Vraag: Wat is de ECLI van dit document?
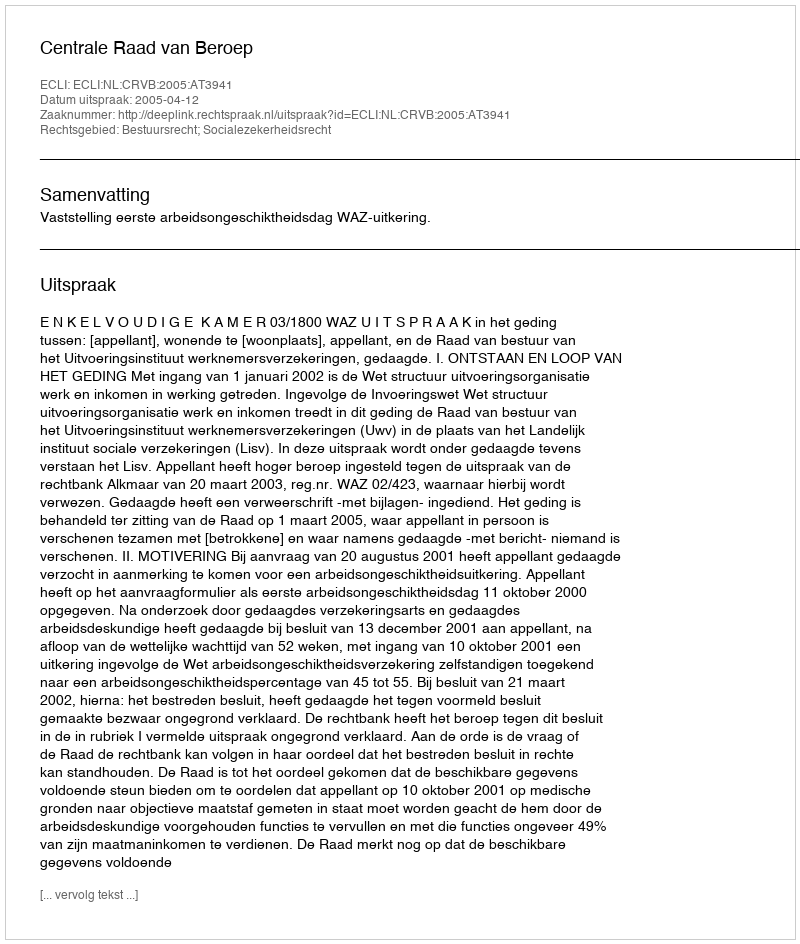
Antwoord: ECLI:NL:CRVB:2005:AT3941